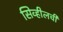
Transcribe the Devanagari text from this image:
सिव्हीलची